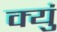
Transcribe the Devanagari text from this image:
क्युं